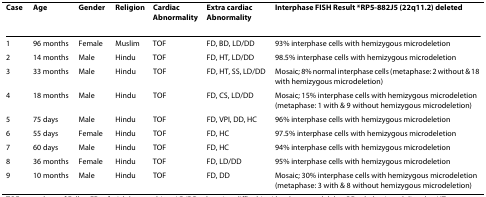
<table><thead><tr><td><b>Case</b></td><td><b>Age</b></td><td><b>Gender</b></td><td><b>Religion</b></td><td><b>Cardiac Abnormality</b></td><td><b>Extra cardiac Abnormality</b></td><td><b>Interphase FISH Result *RP5-882J5 (22q11.2) deleted</b></td></tr></thead><tbody><tr><td>1</td><td>96 months</td><td>Female</td><td>Muslim</td><td>TOF</td><td>FD, BD, LD/DD</td><td>93% interphase cells with hemizygous microdeletion</td></tr><tr><td>2</td><td>14 months</td><td>Male</td><td>Hindu</td><td>TOF</td><td>FD, HT, LD/DD</td><td>98.5% interphase cells with hemizygous microdeletion</td></tr><tr><td>3</td><td>33 months</td><td>Male</td><td>Hindu</td><td>TOF</td><td>FD, HT, SS, LD/DD</td><td>Mosaic; 8% normal interphase cells (metaphase: 2 without &amp; 18 with hemizygous microdeletion)</td></tr><tr><td>4</td><td>18 months</td><td>Male</td><td>Hindu</td><td>TOF</td><td>FD, CS, LD/DD</td><td>Mosaic; 15% interphase cells with hemizygous microdeletion (metaphase: 1 with &amp; 9 without hemizygous microdeletion)</td></tr><tr><td>5</td><td>75 days</td><td>Male</td><td>Hindu</td><td>TOF</td><td>FD, VPI, DD, HC</td><td>96% interphase cells with hemizygous microdeletion</td></tr><tr><td>6</td><td>55 days</td><td>Female</td><td>Hindu</td><td>TOF</td><td>FD, HC</td><td>97.5% interphase cells with hemizygous microdeletion</td></tr><tr><td>7</td><td>60 days</td><td>Male</td><td>Hindu</td><td>TOF</td><td>FD, HC</td><td>94% interphase cells with hemizygous microdeletion</td></tr><tr><td>8</td><td>36 months</td><td>Female</td><td>Hindu</td><td>TOF</td><td>FD, LD/DD</td><td>95% interphase cells with hemizygous microdeletion</td></tr><tr><td>9</td><td>10 months</td><td>Male</td><td>Hindu</td><td>TOF</td><td>FD, DD</td><td>Mosaic; 30% interphase cells with hemizygous microdeletion (metaphase: 3 with &amp; 8 without hemizygous microdeletion)</td></tr></tbody></table>